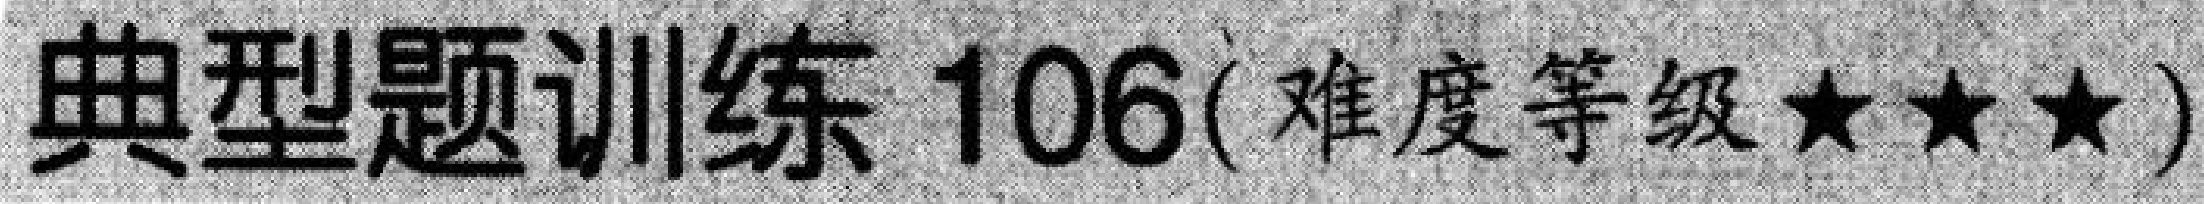
典型题训练 \(106(\)难度等级 \(\star\star\star)\)